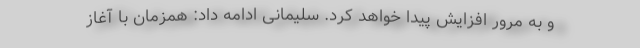
و به مرور افزايش پيدا خواهد كرد. سلیمانی ادامه داد: همزمان با آغاز